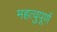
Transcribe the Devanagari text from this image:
महत्वुपूर्ण